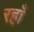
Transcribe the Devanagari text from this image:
रहाँ